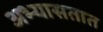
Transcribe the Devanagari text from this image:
अभ्यासतात